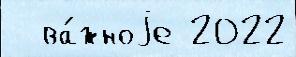
  ва́жноjе 2022